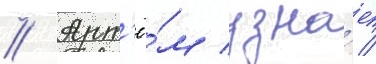
// Арт'ё́м узна́ет /